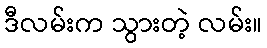
ဒီလမ်းက သွားတဲ့ လမ်း။